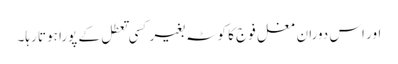
اور اس دوران مغل فوج کا کوٹہ بغیر کسی تعطل کے پورا ہوتا رہا۔